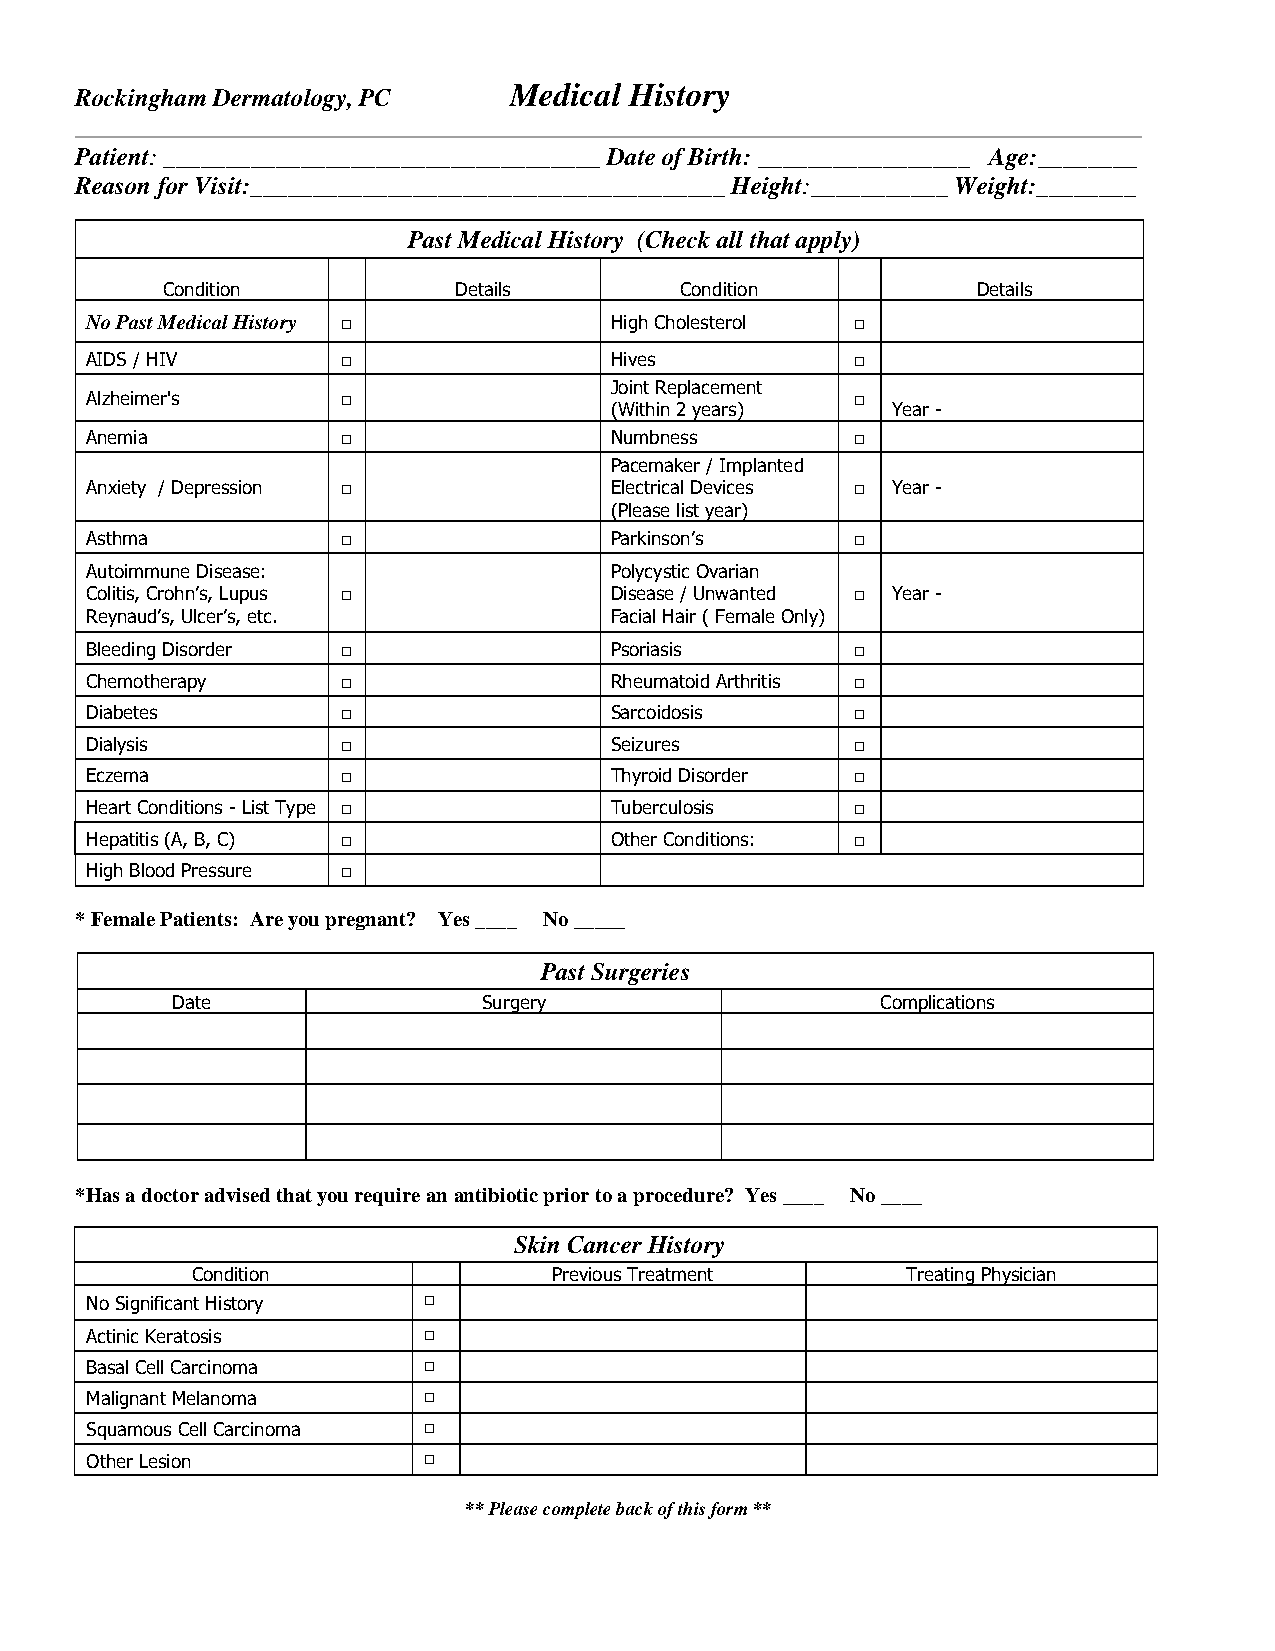
Medical History
 Rockingham Dermatology, PC
 Patient: ___________________________________ Date of Birth: _________________ Age:________
 Reason for Visit:______________________________________ Height:___________ Weight:________
 Past Medical History (Check all that apply)
 Condition          Details        Condition           Details
 No Past Medical History □         High Cholesterol □
 AIDS / HIV       □                Hives            □
 Joint Replacement
 Alzheimer's      □                                 □
 (Within 2 years)   Year -
 Anemia           □                Numbness         □
 Pacemaker / Implanted
 Anxiety / Depression □            Electrical Devices □ Year -
 (Please list year)
 Asthma           □                Parkinson’s      □
 Autoimmune Disease:               Polycystic Ovarian
 Colitis, Crohn’s, Lupus □         Disease / Unwanted □ Year -
 Reynaud’s, Ulcer’s, etc.          Facial Hair ( Female Only)
 Bleeding Disorder □               Psoriasis        □
 Chemotherapy     □                Rheumatoid Arthritis □
 Diabetes         □                Sarcoidosis      □
 Dialysis         □                Seizures         □
 Eczema           □                Thyroid Disorder □
 Heart Conditions - List Type □    Tuberculosis     □
 Hepatitis (A, B, C) □             Other Conditions: □
 High Blood Pressure □
 * Female Patients: Are you pregnant? Yes ____ No _____
 Past Surgeries
 Date                 Surgery                   Complications
 *Has a doctor advised that you require an antibiotic prior to a procedure? Yes ____ No ____
 Skin Cancer History
 Condition               Previous Treatment     Treating Physician
 No Significant History □
 Actinic Keratosis     □
 Basal Cell Carcinoma  □
 Malignant Melanoma    □
 Squamous Cell Carcinoma □
 Other Lesion          □
 ** Please complete back of this form **